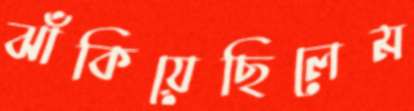
ঝাঁকিয়েছিলেম